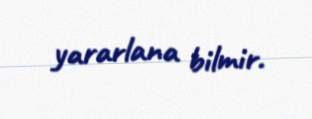
yararlana bilmir.